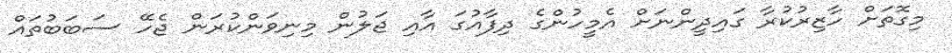
މިގޮތަށް ހާޒިރުކުރާ ގައިދީންނަށް އެމީހުންގެ ދިފާއުގަ އާއި ޖަލުން މިނިވަންކުރަން ޖެހޭ ސަބަބުތައް